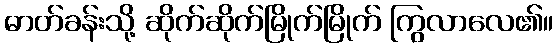
ဓာတ်ခန်းသို့ ဆိုက်ဆိုက်မြိုက်မြိုက် ကြွလာလေ၏။